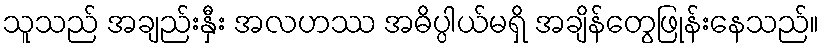
သူသည် အချည်းနှီး အလဟဿ အဓိပ္ပါယ်မရှိ အချိန်တွေဖြုန်းနေသည်။